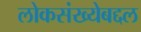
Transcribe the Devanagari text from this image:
लोकसंख्येबद्दल